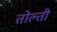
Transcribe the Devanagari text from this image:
तोल्ती